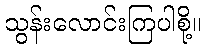
သွန်းလောင်းကြပါစို့။